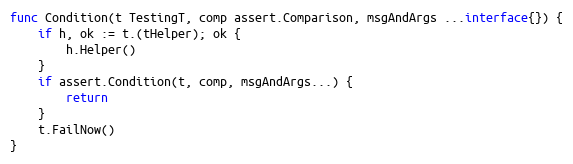
Language: Go
func Condition(t TestingT, comp assert.Comparison, msgAndArgs ...interface{}) {
	if h, ok := t.(tHelper); ok {
		h.Helper()
	}
	if assert.Condition(t, comp, msgAndArgs...) {
		return
	}
	t.FailNow()
}